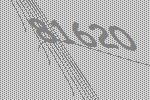
81620